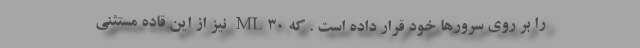
را بر روی سرورها خود قرار داده است . که ML30 نیز از این قاده مستثنی